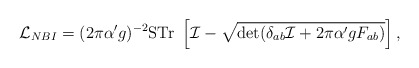
\begin{align*}{\cal L}_{NBI} = (2\pi\alpha'g)^{-2}{\rm STr} ~ \left[ {\cal I}- \sqrt{\det (\delta_{ab}{\cal I} + 2\pi\alpha'gF_{ab})}\right],\end{align*}